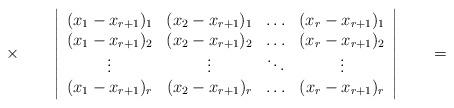
LaTeX: \begin{align*}\times\qquad\left\vert\begin{array}{cccc}(x_1-x_{r+1})_1 & (x_2-x_{r+1})_1 & \ldots & (x_r-x_{r+1})_1 \\(x_1-x_{r+1})_2 & (x_2-x_{r+1})_2 & \ldots & (x_r-x_{r+1})_2 \\ \vdots & \vdots & \ddots & \vdots \\(x_1-x_{r+1})_r & (x_2-x_{r+1})_r & \ldots & (x_r-x_{r+1})_r\end{array}\right\vert\qquad=\qquad\end{align*}